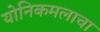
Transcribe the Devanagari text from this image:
योनिकमलाचा